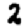
Digit: 2